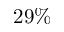
2 9 \%